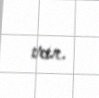
var.